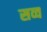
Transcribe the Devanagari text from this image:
सव्व